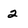
Character: 2